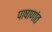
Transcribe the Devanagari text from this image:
पाषाणांत